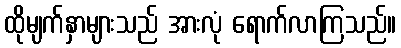
ထိုမျက်နှာများသည် အားလုံ ရောက်လာကြသည်။